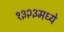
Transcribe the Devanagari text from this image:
१३२३मध्ये